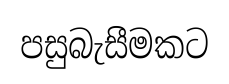
පසුබැසීමකට